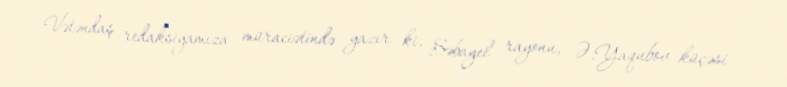
Vətəndaş redaksiyamıza müraciətində yazır ki, Səbayel rayonu, Ə.Yaqubov küçəsi